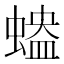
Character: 𧏱